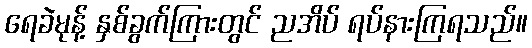
ရေခဲမုန့် နှစ်ခွက်ကြားတွင် ညအိပ် ရပ်နားကြရသည်။